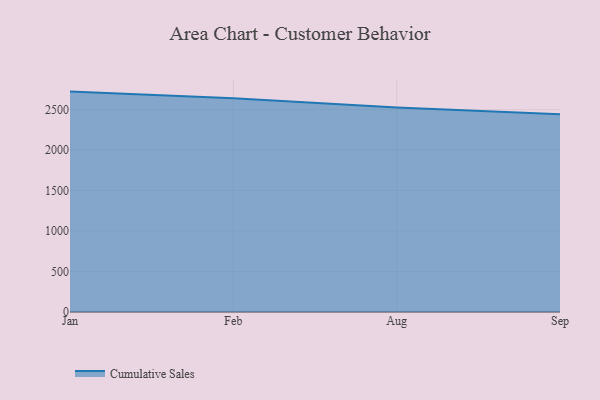
{"axis": {"x": "Month", "y": "Active Users"}, "legend": ["Cumulative Sales"], "data": [{"x": "Jan", "y": 2722.5, "type": "Cumulative Sales"}, {"x": "Feb", "y": 2639.8, "type": "Cumulative Sales"}, {"x": "Aug", "y": 2525.2, "type": "Cumulative Sales"}, {"x": "Sep", "y": 2443.7, "type": "Cumulative Sales"}]}